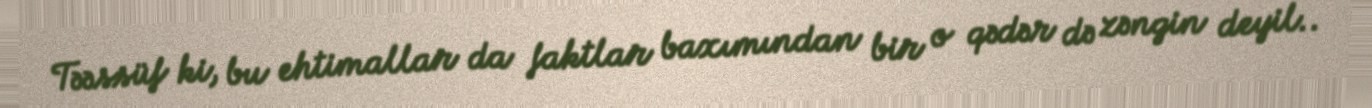
Təəssüf ki, bu ehtimallar da faktlar baxımından bir o qədər də zəngin deyil..